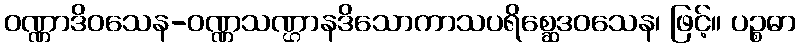
ဝဏ္ဏာဒိဝသေန-ဝဏ္ဏသဏ္ဌာနဒိသောကာသပရိစ္ဆေဒဝသေန၊ ဖြင့်။ ပဉ္စဓာ